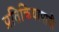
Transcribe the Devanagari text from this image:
प्रतिक्रियापादी